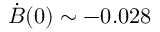
\Dot { B } ( 0 ) \sim - 0 . 0 2 8